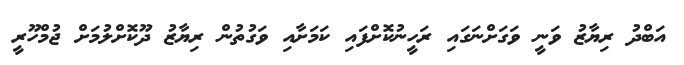
އަބްދު ރިޔާޒު ވަނީ ވަގަށްނަގައި ރަހީނުކޮށްފައި ކަމަށާއި ވަގުތުން ރިޔާޒު ދޫކޮށްލުމަށް ޖުމްހޫރީ